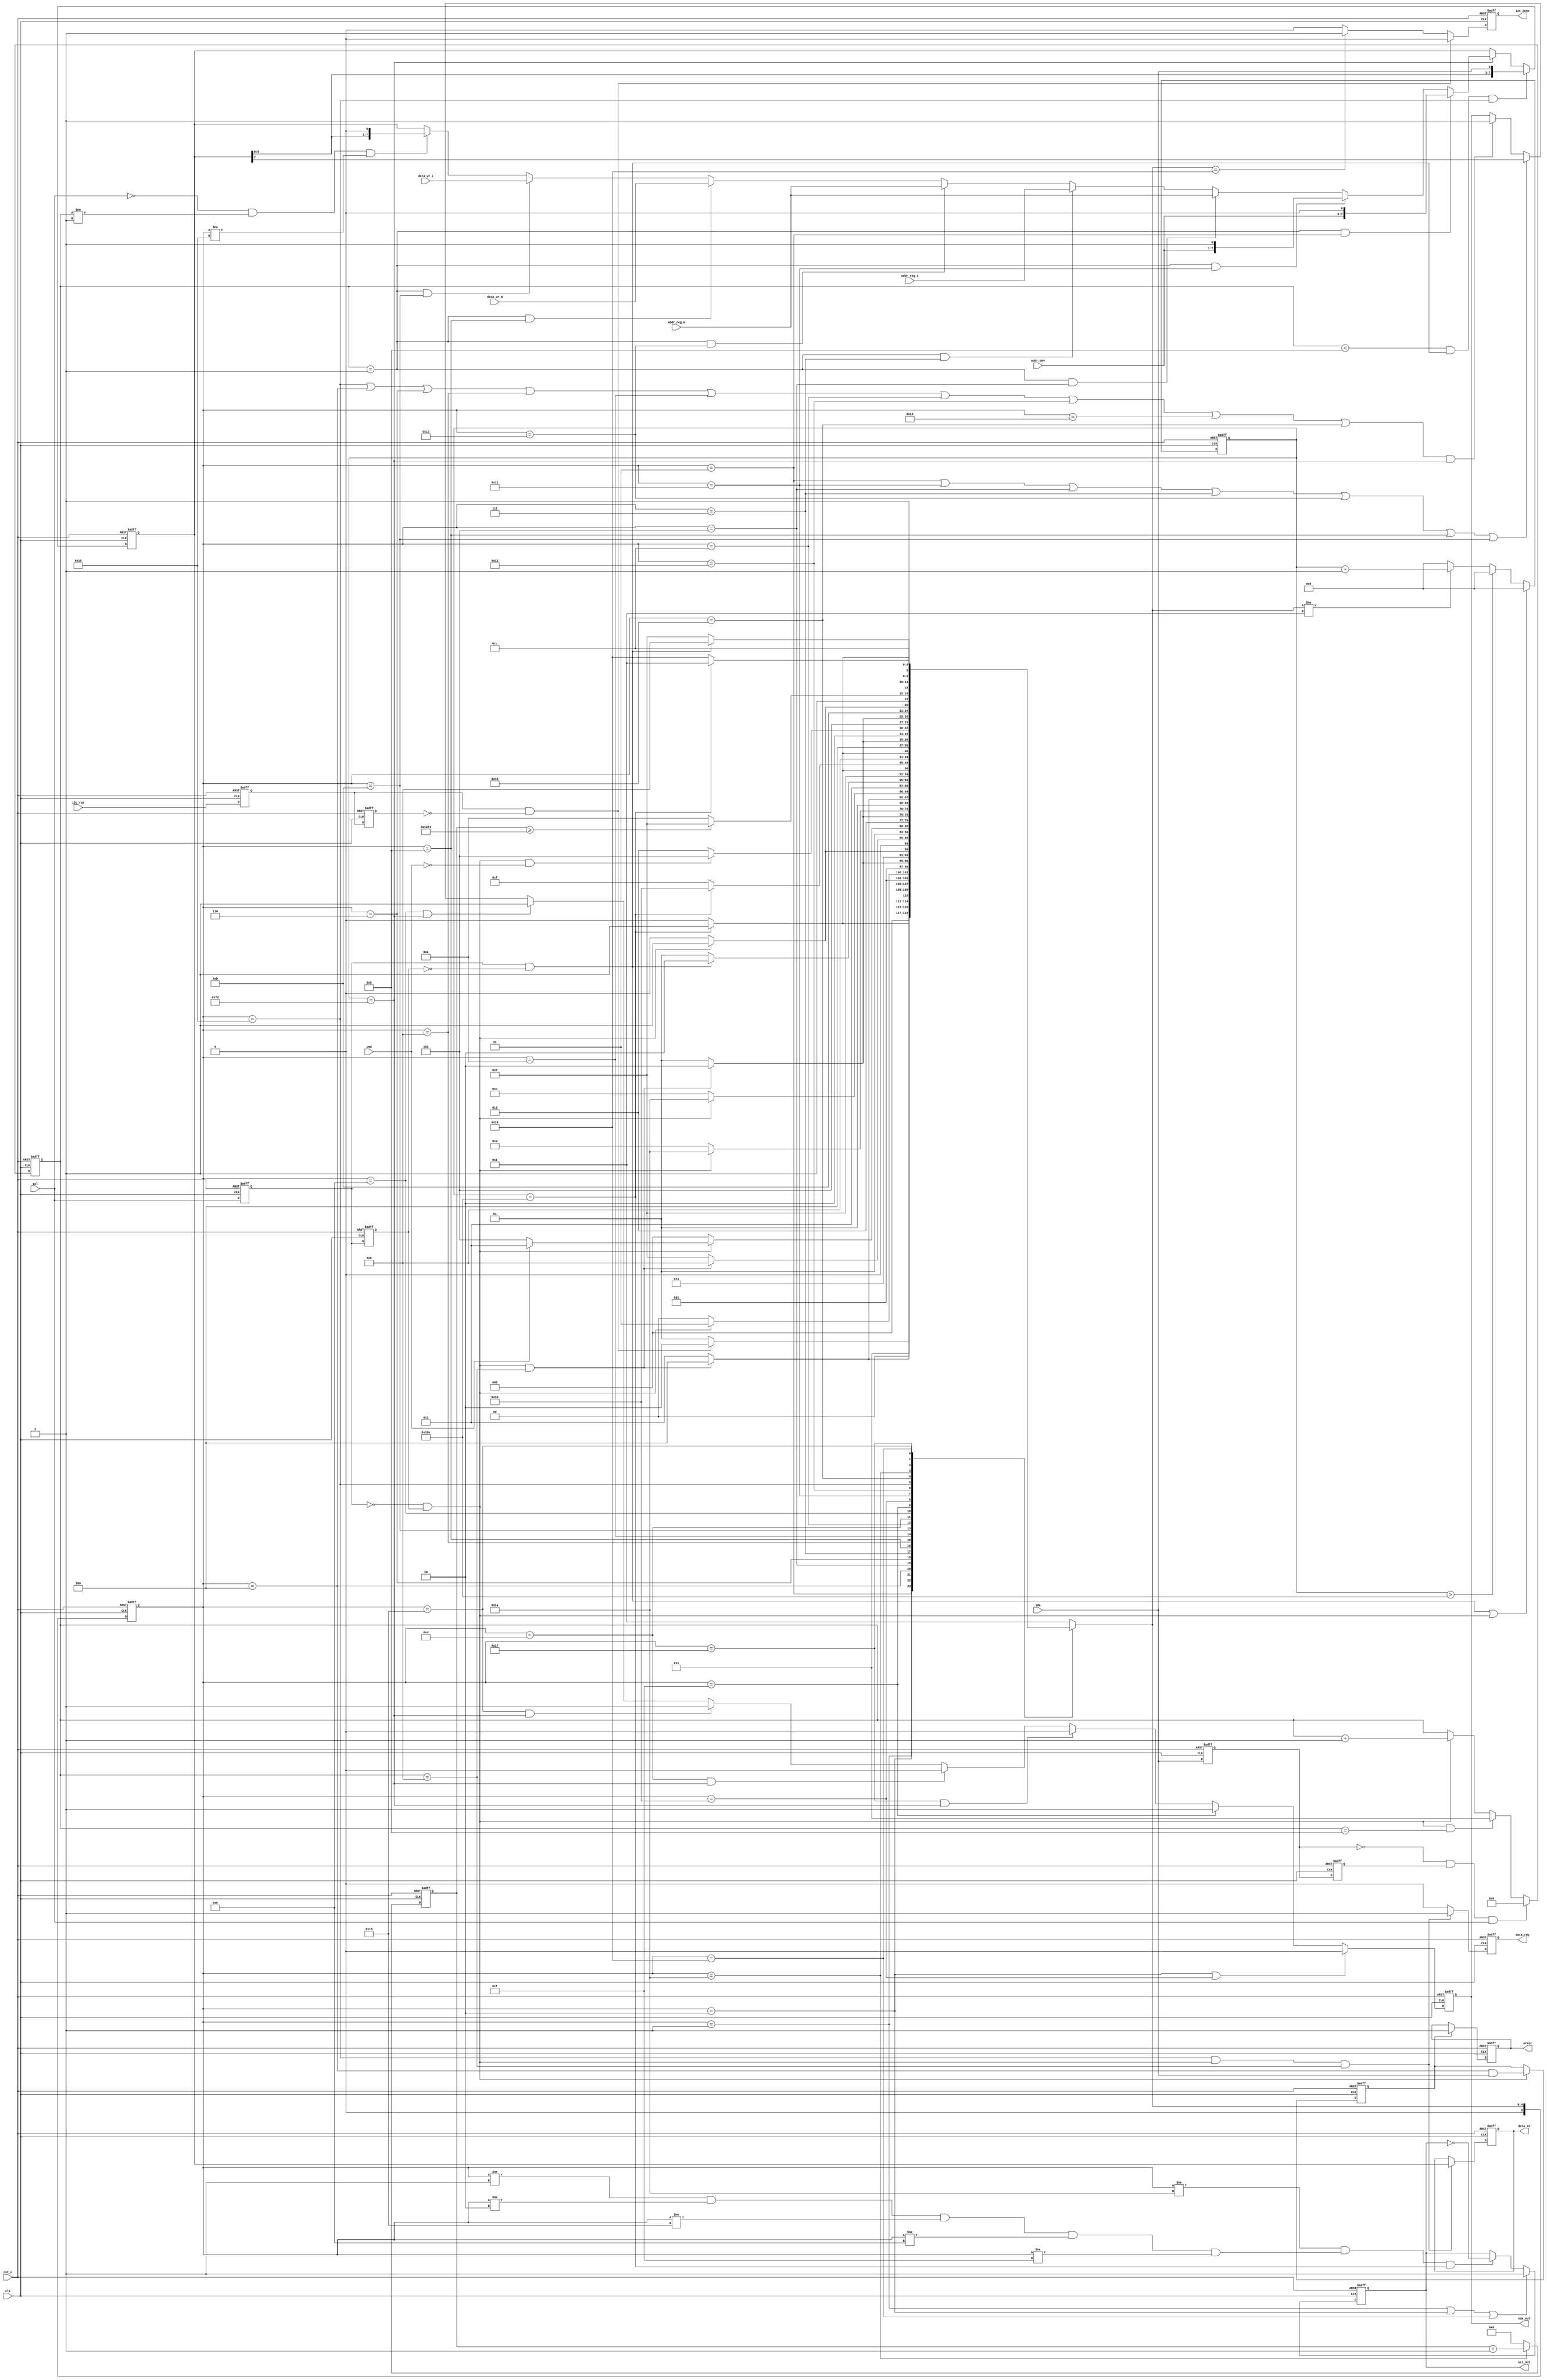
//////////////////////////////////////////////////////////////////////////////////
// Company: Axelsys
// Module Name:    i2c_core
// Description:
//  i2c core module, compatiable with i2c spec; can handle the single byte read/write operation
//
// 0.1 --- Auguest 29,2009 --- File Created
// Additional Comments:
//
//////////////////////////////////////////////////////////////////////////////////

module i2c_core (
  input  wire           rst_n     ,
  input  wire           clk       , //27MHz
  input  wire           scl       ,
  output      reg       scl_out   ,
  input  wire           sda       ,
  output      reg       sda_out   ,
  input  wire           i2c_rqt   ,
  input  wire           cmd       ,
  input  wire     [6:0] addr_dev  ,
  input  wire     [7:0] addr_reg_L,
  input  wire     [7:0] addr_reg_H, // Unused
  input  wire     [7:0] data_wr_L ,
  input  wire     [7:0] data_wr_H , // Unused
  output      reg [7:0] data_rd   ,
  output      reg       data_rdy  ,
  output      reg       error     ,
  output      reg       i2c_done
);

  parameter
    WRITE    = 1,
    READ     = 0;

  parameter   //i2c_cs status
    IDLE              = 1,
    START             = 2,
    SLV_ADDR_WR       = 3,
    SLV_ADDR_WR_ACK   = 4,
    REG_ADDR_H        = 5,
    REG_ADDR_ACK_H    = 6,
    REG_ADDR_L        = 7,
    REG_ADDR_ACK_L    = 8,
    TX_DATA_H         = 9,
    TX_DATA_ACK_H     = 10,
    TX_DATA_L         = 11,
    TX_DATA_ACK_L     = 12,
    STOP_TMP1         = 13,
    STOP_TMP2         = 14,
    IDLE_TMP          = 15,
    START_TMP         = 16,
    ADDR1_B           = 17,
    RX_ACK_D          = 18,
    ADDR2_B           = 19,
    RX_ACK_E          = 20,
    RX_DATA           = 21,
    TX_NAK            = 22,
    STOP1             = 23,
    STOP2             = 24,
    FINISH            = 25,
    WAIT_128U         = 26;


// tri          scl;
// tri          sda;


//   reg          scl_out;
//   reg          sda_out;

  reg scl_s1    ;
  reg scl_s2    ;
  reg sda_s1    ;
  reg sda_s2    ;
  reg i2c_rqt_s1;
  reg i2c_rqt_s2;

  wire scl_pos;
  wire scl_neg;
  wire sda_pos;
  wire sda_neg;

  reg [9:0] cnt_1bit;
  reg [3:0] cnt_bit ;
  reg [5:0] i2c_cs  ;
  reg [5:0] i2c_ns  ;

  reg [7:0] data_buf   ;
  reg [7:0] data_wr_tmp;
  reg [3:0] cnt_byte   ;

  reg  [13:0] cnt_128u  ;
  wire        timer_128u;

  wire timer_125u ;
  wire i2c_rqt_pos;
  reg  nack       ;
//   assign scl = !scl_out?1'b0:1'bz;
//   assign sda = !sda_out?1'b0:1'bz;

  // Capture the state of the NACK as a persistent error condition
  always@(posedge clk or negedge rst_n)
    if (!rst_n) error <= 1'b0;
    else if (nack) error <= 1'b1;

  always@(posedge clk or negedge rst_n) begin
    if (!rst_n) begin
      cnt_bit <= 0;
    end
    else if (sda_neg && scl) cnt_bit<=0;
    else if (scl_neg && cnt_bit==9) cnt_bit<=1;
    else if (scl_neg ) cnt_bit<=cnt_bit+1;
  end

  always@(posedge clk or negedge rst_n) begin
    if (!rst_n) begin
      cnt_byte <= 0;
    end
    else if(sda_neg && scl) cnt_byte<=0;
    else if(scl_neg && cnt_bit==9) cnt_byte<= cnt_byte+1;
  end

  always@(posedge clk or negedge rst_n) begin
    if (!rst_n) begin
      scl_s1 <= 1'b1;
      scl_s2 <= 1'b1;
    end
    else begin
      scl_s1 <= scl;
      scl_s2 <= scl_s1;
    end
  end
  assign scl_pos = scl_s1 && !scl_s2;
  assign scl_neg = !scl_s1 && scl_s2;

  always@(posedge clk or negedge rst_n) begin
    if (!rst_n) begin
      sda_s1 <= 1'b1;
      sda_s2 <= 1'b1;
    end
    else begin
      sda_s1 <= sda;
      sda_s2 <= sda_s1;
    end
  end
  assign sda_pos = sda_s1 && !sda_s2;
  assign sda_neg = !sda_s1 && sda_s2;

  always@(posedge clk or negedge rst_n) begin
    if (!rst_n) begin
      i2c_rqt_s1 <= 1'b1;
      i2c_rqt_s2 <= 1'b1;
    end
    else begin
      i2c_rqt_s1 <= i2c_rqt;
      i2c_rqt_s2 <= i2c_rqt_s1;
    end
  end
  assign i2c_rqt_pos = i2c_rqt_s1 && !i2c_rqt_s2;

  always @(posedge clk or negedge rst_n) begin
    if(!rst_n) begin
      cnt_1bit <= 0;
    end
    else if (scl_pos || scl_neg)  cnt_1bit<=0;
    else if (cnt_1bit>270)    cnt_1bit<=0;
    else if (i2c_ns!=IDLE )     cnt_1bit<=cnt_1bit+1;
    else              cnt_1bit<=0;
  end
  assign timer_125u = (cnt_1bit==270); //170); //1.25u, half cycle of scl, assume clk is 10ns/cycle

  always @(posedge clk or negedge rst_n)
    begin
      if(!rst_n) begin
        cnt_128u <= 0;
      end
      else if (i2c_cs==WAIT_128U) cnt_128u<=cnt_128u+1;
      else  cnt_128u<=0;
    end
  assign timer_128u = cnt_128u>=6900;

  always @(posedge clk or negedge rst_n) begin
    if(!rst_n) begin
      scl_out <= 1'b1;
    end
    else if (i2c_cs==IDLE || i2c_cs==START || i2c_cs==FINISH) scl_out<=1'b1;
    else if (i2c_cs!=WAIT_128U && (i2c_cs!=IDLE && i2c_cs!=START && i2c_cs!=STOP2 && i2c_cs!=STOP_TMP2 && i2c_cs!=IDLE_TMP ) && timer_125u)  scl_out<=~scl_out;
  end

  // sda output
  always @(posedge clk or negedge rst_n) begin
    if(!rst_n) begin
      sda_out <= 1'b1;
    end
    else if (i2c_cs==START || i2c_cs==START_TMP )  sda_out<=1'b0;
    else if (i2c_cs==IDLE_TMP)  sda_out<=1'b1;
    else if (i2c_cs==STOP1 && cnt_1bit==125 )  sda_out<=1'b0;
    else if (i2c_cs==STOP_TMP1 && cnt_1bit==125 )  sda_out<=1'b0;
    else if (i2c_cs==STOP2 && cnt_1bit==125 )  sda_out<=1'b1;
    else if (i2c_cs==STOP_TMP2 && cnt_1bit==125 )  sda_out<=1'b1;
    else if ( i2c_cs== SLV_ADDR_WR || i2c_cs==ADDR1_B || i2c_cs== REG_ADDR_H || i2c_cs== REG_ADDR_L
      || i2c_cs==ADDR2_B || i2c_cs==TX_DATA_H || i2c_cs==TX_DATA_L  )  sda_out<=data_buf[7];
    else if ( ( i2c_cs==RX_DATA || i2c_cs==SLV_ADDR_WR_ACK || i2c_cs== REG_ADDR_ACK_H  || i2c_cs== REG_ADDR_ACK_L
        || i2c_cs==TX_DATA_ACK_H ||i2c_cs==TX_DATA_ACK_L || i2c_cs==RX_ACK_D || i2c_cs==RX_ACK_E || i2c_cs==TX_NAK)
      && cnt_1bit==125) sda_out<=1'b1;
  end

  always @(posedge clk ) begin
    if (i2c_rqt_pos && cmd==WRITE)
      data_wr_tmp <= data_wr_H;        // TBD
  end

  always @(posedge clk or negedge rst_n) begin
    if(!rst_n) begin
      data_rdy <= 1'b0;
    end
    else if (i2c_cs==RX_DATA && scl_neg && cnt_bit==8)
      data_rdy <= 1'b1;
    else data_rdy<=1'b0;
  end

  always @(posedge clk or negedge rst_n) begin
    if(!rst_n) begin
      data_rd <= 0;
    end
    else if (i2c_cs==RX_DATA && scl_neg && cnt_bit==8)
      data_rd <= data_buf;
  end

  // provide/get parallel data to/from the shift register
  always @(posedge clk or negedge rst_n) begin
    if(!rst_n) begin
      data_buf <= 8'h00;
    end
    else if (cnt_bit<9  &&  scl_pos && i2c_cs==RX_DATA) data_buf<={data_buf[6:0],sda}; //rx shift input
    else if (cnt_1bit==125) begin
      if      (cnt_bit==1  && i2c_cs==SLV_ADDR_WR)    data_buf <= {addr_dev,1'b0}      ;
      else if (cnt_bit==1  && i2c_cs==ADDR1_B)        data_buf <= {addr_dev,1'b1}      ;
      else if (cnt_bit==1  && i2c_cs==REG_ADDR_H)     data_buf <= addr_reg_H           ;
      else if (cnt_bit==1  && i2c_cs==REG_ADDR_L)     data_buf <= addr_reg_L           ;
      else if (cnt_bit==1  && i2c_cs==ADDR2_B)        data_buf <= addr_reg_H           ;  // TBD
      else if (cnt_bit==1  && i2c_cs==TX_DATA_H)      data_buf <= data_wr_H            ;
      else if (cnt_bit==1  && i2c_cs==TX_DATA_L)      data_buf <= data_wr_L            ;
      else if (!scl && cnt_bit!=1 && i2c_cs!=RX_DATA) data_buf <= {data_buf[6:0],1'b0} ;  //tx shift output
    end
  end

  //  i2c main fsm
  always @(posedge clk or negedge rst_n) begin
    if(!rst_n) begin
      i2c_cs <= IDLE;
    end
    else begin
      i2c_cs <= i2c_ns;
    end
  end

  // Detect a NACK condition, for now we only detect a NACK for the slave and not a register basis
  always @(posedge clk or negedge rst_n)
    if (!rst_n) nack <= 1'b0;
    else if (scl_neg)
      nack <= ( (i2c_cs == SLV_ADDR_WR_ACK) & sda);

  always@(timer_128u or i2c_cs or i2c_rqt_pos or  cmd or cnt_bit or timer_125u or scl_pos or scl_neg) begin
    case(i2c_cs)
      IDLE : begin
        if (i2c_rqt_pos) i2c_ns=START;
        else i2c_ns=IDLE;
      end
      START : begin
        if (timer_125u) i2c_ns=SLV_ADDR_WR;
        else i2c_ns=START;
      end
      SLV_ADDR_WR : begin
        if (scl_neg && cnt_bit==8) i2c_ns=SLV_ADDR_WR_ACK;
        else i2c_ns=SLV_ADDR_WR;
      end
      SLV_ADDR_WR_ACK : begin
        //if (scl_neg) i2c_ns=REG_ADDR_H;
        if (scl_neg) i2c_ns=REG_ADDR_L; // Modified for 8 bit addressing
        else i2c_ns=SLV_ADDR_WR_ACK;
      end
      REG_ADDR_H : begin
        if (scl_neg && cnt_bit==8) i2c_ns=REG_ADDR_ACK_H;
        else i2c_ns=REG_ADDR_H;
      end
      REG_ADDR_ACK_H : begin
        if (scl_neg) begin
          if (cmd==WRITE || cmd==READ) i2c_ns=REG_ADDR_L;
          //    else if (cmd==READ) i2c_ns=STOP_TMP1;
          else i2c_ns=REG_ADDR_ACK_H;
        end
        else i2c_ns=REG_ADDR_ACK_H;
      end
      REG_ADDR_L : begin
        if (scl_neg && cnt_bit==8) i2c_ns=REG_ADDR_ACK_L;
        else i2c_ns=REG_ADDR_L;
      end
      REG_ADDR_ACK_L : begin
        if (scl_neg) begin
          //if (cmd==WRITE) i2c_ns=TX_DATA_H;
          if (cmd==WRITE) i2c_ns=TX_DATA_L;
          else if (cmd==READ) i2c_ns=STOP_TMP1;
          else i2c_ns=REG_ADDR_ACK_L;
        end
        else i2c_ns=REG_ADDR_ACK_L;
      end
      TX_DATA_H : begin
        if (scl_neg && cnt_bit==8) i2c_ns=TX_DATA_ACK_H;
        else i2c_ns=TX_DATA_H;
      end
      TX_DATA_ACK_H : begin
        //if (scl_neg) i2c_ns=STOP1;
        if (scl_neg) i2c_ns=WAIT_128U;//TX_DATA_L; 8 bit data only
        else i2c_ns=TX_DATA_ACK_H;
      end
      TX_DATA_L : begin
        if (scl_neg && cnt_bit==8) i2c_ns=TX_DATA_ACK_L;
        else i2c_ns=TX_DATA_L;
      end
      TX_DATA_ACK_L : begin
        //if (scl_neg) i2c_ns=STOP1;
        if (scl_neg) i2c_ns=WAIT_128U;
        else i2c_ns=TX_DATA_ACK_L;
      end
      STOP_TMP1 : begin
        if (scl_pos) i2c_ns=STOP_TMP2;
        else i2c_ns=STOP_TMP1;
      end
      STOP_TMP2 : begin
        if (timer_125u) i2c_ns=IDLE_TMP;
        else i2c_ns=STOP_TMP2;
      end
      IDLE_TMP : begin
        if (timer_125u) i2c_ns=START_TMP;
        else i2c_ns=IDLE_TMP;
      end
      START_TMP : begin
        if (timer_125u) i2c_ns=ADDR1_B;
        else i2c_ns=START_TMP;
      end
      ADDR1_B : begin
        if (scl_neg && cnt_bit==8) i2c_ns=RX_ACK_D;
        else i2c_ns=ADDR1_B;
      end
      RX_ACK_D : begin
        if (scl_neg && cmd==READ) i2c_ns=RX_DATA;
        else i2c_ns=RX_ACK_D;
      end
      RX_DATA : begin
        if (scl_neg && cnt_bit==8) i2c_ns=TX_NAK;
        else i2c_ns=RX_DATA;
      end
      TX_NAK : begin
        if (scl_neg) i2c_ns=STOP1;
        else i2c_ns=TX_NAK;
      end
      WAIT_128U : begin
        if (timer_128u) i2c_ns= STOP1;
        else i2c_ns=WAIT_128U;
      end

      STOP1 : begin  //force sda to low
        if (scl_pos) i2c_ns=STOP2;
        else i2c_ns=STOP1;
      end
      STOP2 : begin   //rise sda
        if (timer_125u) i2c_ns=FINISH;
        else i2c_ns=STOP2;
      end
      FINISH : begin
        if (timer_125u) i2c_ns=IDLE;
        else i2c_ns=FINISH;
      end
      default : begin
        i2c_ns = IDLE;
      end
    endcase
  end


  always@(posedge clk or negedge rst_n) begin
    if (!rst_n) begin
      i2c_done <= 1'b0;
    end
    else if (i2c_rqt_pos) i2c_done<=1'b0;
    else if (i2c_ns==FINISH) i2c_done<=1'b1;
    else i2c_done<=1'b0;
  end
endmodule